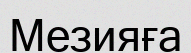
Мезияға